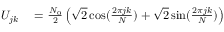
\begin{array} { r l } { U _ { j k } } & { { } = \frac { N _ { 0 } } { 2 } \left( \sqrt { 2 } \cos ( \frac { 2 \pi j k } { N } ) + \sqrt { 2 } \sin ( \frac { 2 \pi j k } { N } ) \right) } \end{array}